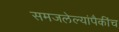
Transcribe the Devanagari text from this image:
समजलेल्यांपैकींच